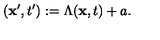
( { \bf x } ^ { \prime } , t ^ { \prime } ) : = \Lambda ( { \bf x } , t ) + a .